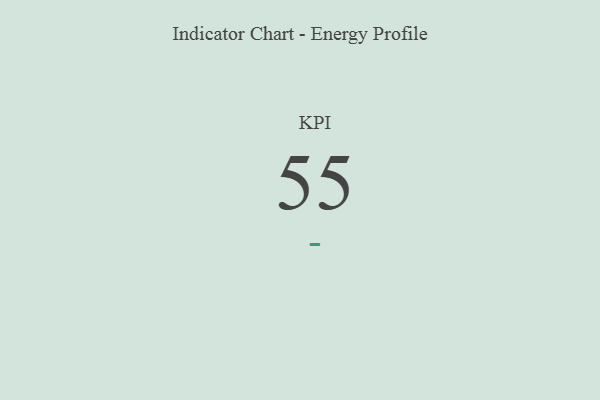
{"axis": {"x": "KPI", "y": "Value"}, "legend": [""], "data": [{"x": "KPI", "y": 55, "type": ""}]}